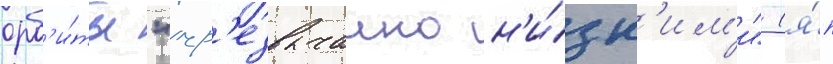
орб'и́ты "чр'езвычаино н'и́зк'им'и" (я́п